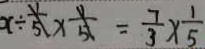
x \div \frac { 1 } { 5 } \times \frac { 1 } { 5 } = \frac { 7 } { 3 } \times \frac { 1 } { 5 }